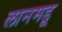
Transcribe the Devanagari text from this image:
लानमडू